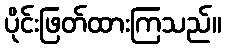
ပိုင်းဖြတ်ထားကြသည်။